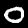
Label: 0